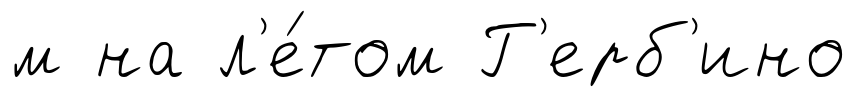
м на л'е́том Г'ерб'ино